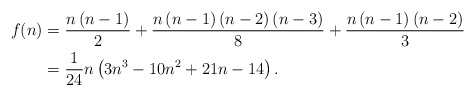
\begin{align*}f(n) & =\frac{n\left( n-1\right) }{2}+\frac{n\left( n-1\right) \left(n-2\right) \left( n-3\right) }{8}+\frac{n\left( n-1\right) \left(n-2\right) }{3}\\& =\allowbreak\frac{1}{24}n\left( 3n^{3}-10n^{2}+21n-14\right) .\end{align*}